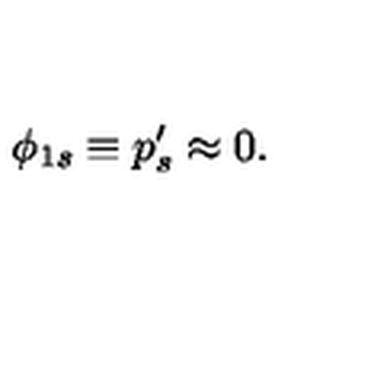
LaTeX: \phi _ { 1 s } \equiv p _ { s } ^ { \prime } \approx 0 .